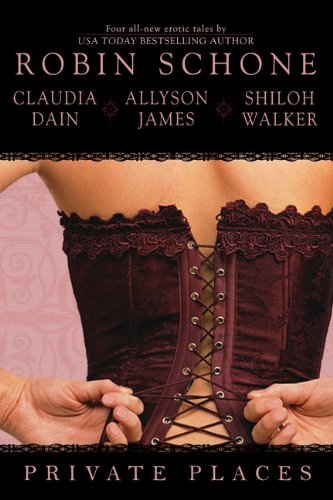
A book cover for Private Places; Robin Schone; Romance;